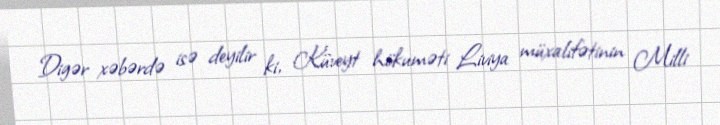
Digər xəbərdə isə deyilir ki, Küveyt hökuməti Liviya müxalifətinin Milli